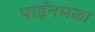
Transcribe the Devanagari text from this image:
पाईनमळा